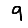
Digit: 9